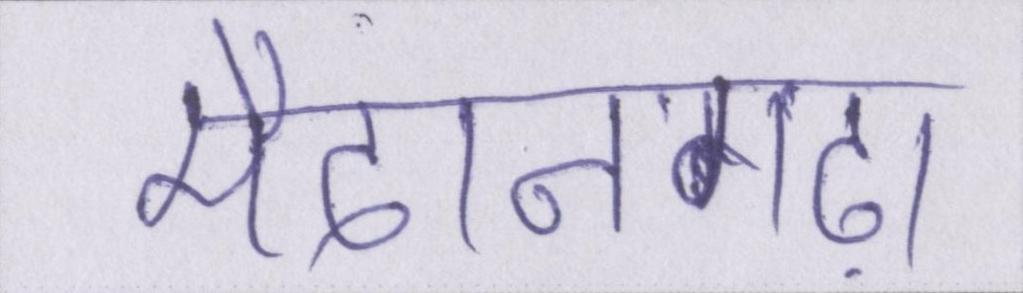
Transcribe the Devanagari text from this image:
मैदानगढ़ी